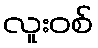
လူးဝစ်